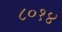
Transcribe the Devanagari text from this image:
८०१४